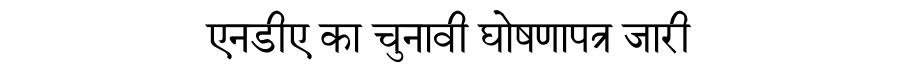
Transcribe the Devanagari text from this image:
एनडीए का चुनावी घोषणापत्र जारी